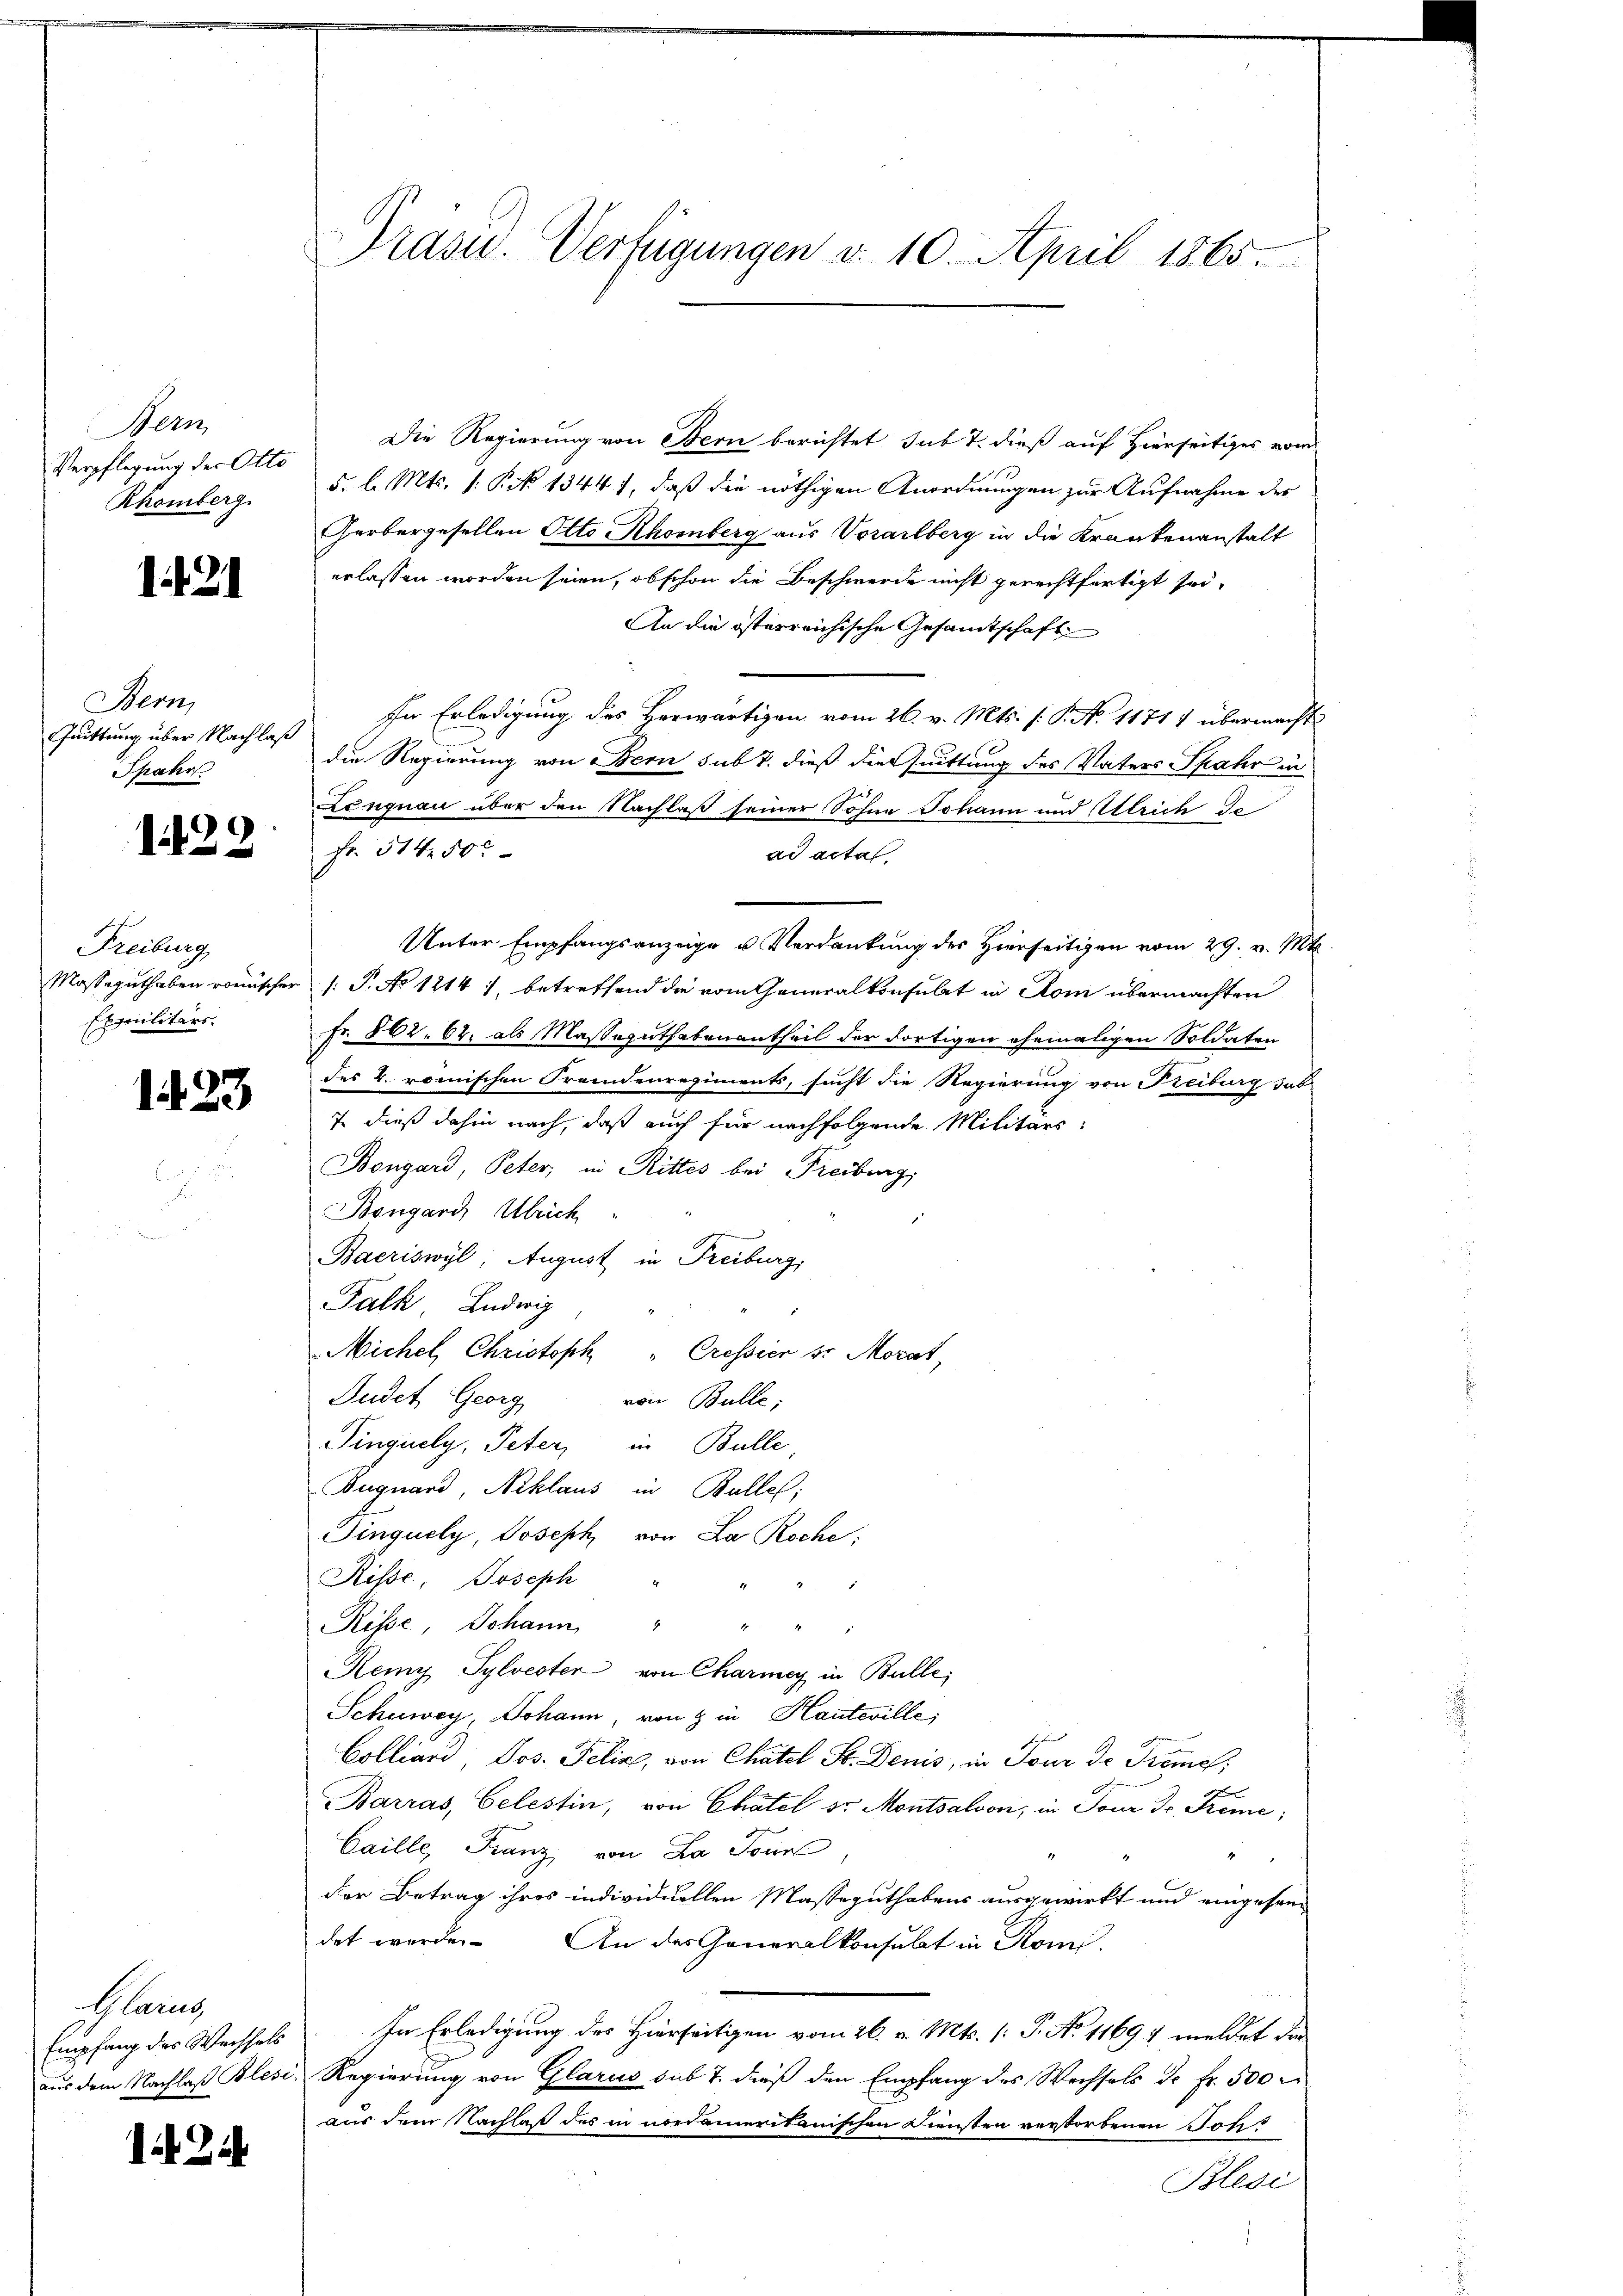
Mein
Verpflegung der Otto
Rhomberg.

1421

Bern,
Quittung über Nachlaß
Spahr

Freiburg
Exmilitärs.

Blarz

Die Regierung von Bern berichtet sub 7. dieß auf Hierseitiges vom
5. l. Mts. 1. P. No 1344), daß die nöthigen Anordnungen zur Aufnahme des
Gerbergesellen Otto Rhomberg aus Vorarlberg in die Krankenanstalt
erlassen worden seien, ob schon die Beschwerde nicht gerechtfertigt sei.
An die österreichische Gesamtschaft
In Erledigung des Herwärtigen vom 26. v. Mts. (: P. No 1171) übermacht
die Regierung von Bern sub 7. dieß die Quittung des Vaters Spahr in
Lenquai über den Nachlaß seiner Sohne Johann und Attrich da
122 f. 514 000
ad acta
Unter Empfangsanzeige u Verdankung des Hierseitigen vom 29. v. Mts.
Masseguthaben romischer (: P. No 1214), betreffend die vom Generalkonsulat in Rom übermachten
Fr. 862. 62. als Massaguthabenantheil der dortigen ehemaligen Soldaten
des 4. römischen Fremdenregiments, sucht die Regierung von Reiburg dab
 7. dieß dahin nach, daß auch für nachfolgende Militärs¬
Bongard, Peter, in Rittes bei Freiburg,
.
a
Bongard, Ulrich
Bacriswyl, August in Freiburg,
Falk. Ludwig
Michel, Christoph " Cressier sr Morat,
Sudet Georg
von Bulle:
Pinguely, Peter, in Bulle,
Buguard, Niklaus in Bulle;
Singuely, Joseph von La Roche
Risse, Joseph "
Risse Johann
.
Remy Sylvester von Charmer in Bulle;
Schiwey, Johann, von 8 in Hauteville,
n
Colliard, Jos. Felix, von Chatel Fr. Denis, in Tour de Tieme,
Barras, Celestin, von Chatel dr. Montsalvon, in Tour Fr. Kreme;
Caille, Franz von La Tonne

der Betrag ihres individuellen Masseguthabens ausgewirkt und eingesendet werden. An des Generalkonsulat in Rom.
Empfang der Wechsels In Erledigung des Hierseitigen vom 26. v. Mts. (: P. No 11697 meldet die
aus dem Nachlaß Blesi, Regierung von Glarus sub 7. dieß den Empfang des Wechsels de fr. 500 r
aus dem Nachlaß des in nordamerikanischen Diensten verstorbenen Johs
1 Zi
Blesi

Präsid. Verfügungen v. 10. April 1865.